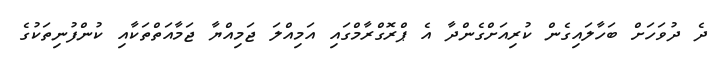
ދެ ދުވަހަށް ބަހާލައިގެން ކުރިއަށްގެންދާ އެ ޕްރޮގްރާމްގައި އަމިއްލަ ޖަމިއްޔާ ޖަމާއަތްތަކާއި ކުންފުނިތަކުގެ